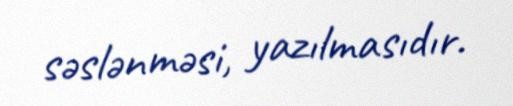
səslənməsi, yazılmasıdır.